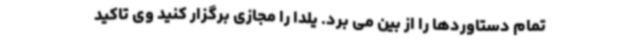
تمام دستاوردها را از بین می برد. یلدا را مجازی برگزار کنید وی تاکید